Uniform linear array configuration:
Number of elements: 24
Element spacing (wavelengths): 0.25
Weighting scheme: uniform
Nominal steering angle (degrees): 0
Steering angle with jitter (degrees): -0.6282
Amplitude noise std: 0.05
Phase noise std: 0.05

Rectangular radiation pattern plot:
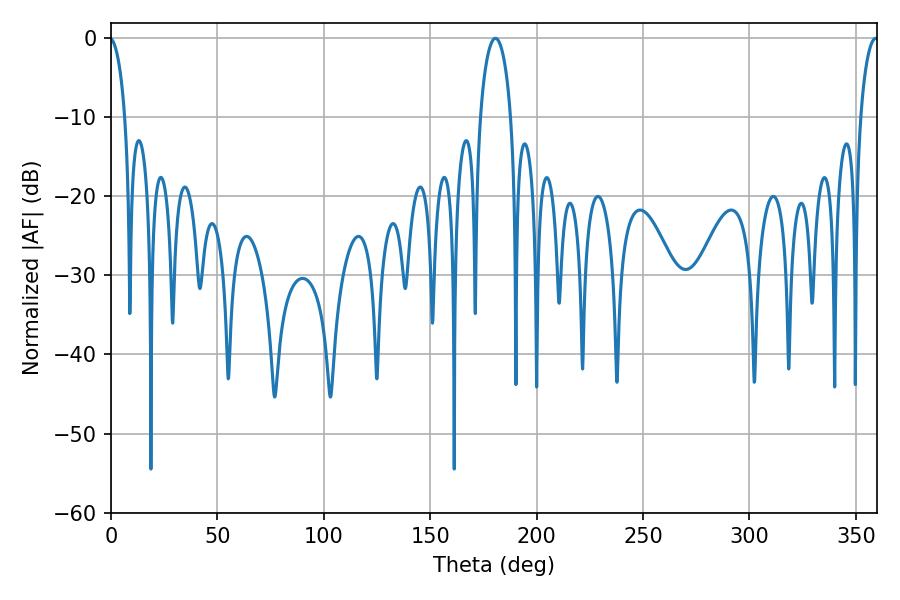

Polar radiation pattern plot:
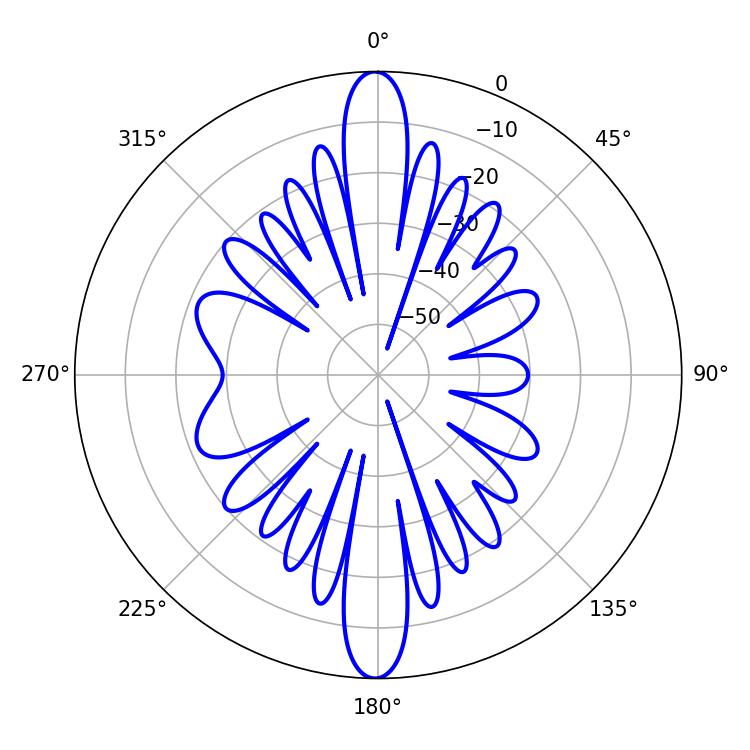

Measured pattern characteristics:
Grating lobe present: FALSE
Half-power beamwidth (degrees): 4.68
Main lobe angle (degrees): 359.28